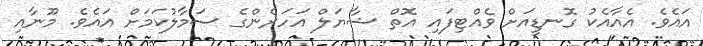
އައެވެ. އެއާއެކު ގޮނޑީއަށް ވެއްޓިފައި އޮތް ޝާޔަލް އަހަރެންގެ ސަމާލުކަމަށް އައެވެ. މޫނާއި